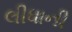
લીધાની